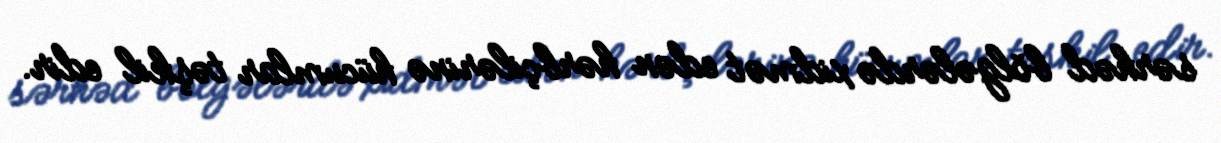
sərhəd bölgələrdə xidmət edən hərbçilərinə hücumlar təşkil edir.